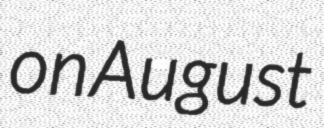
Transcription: on August